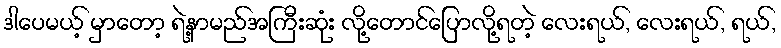
ဒါပေမယ့် မှာတော့ ရဲ့နာမည်အကြီးဆုံး လို့တောင်ပြောလို့ရတဲ့ လေးရယ်, လေးရယ်, ရယ်,